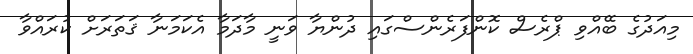
މިއަދުގެ ބޭއްވި ޕްރެސް ކޮންފަރެންސްގައި ދުންޔާ ވަނީ މާދަމާ އެކަމަނާ ޤަތަރަށް ކުރައްވާ